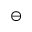
\ominus